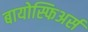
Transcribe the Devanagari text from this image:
बायोस्फिअर्स